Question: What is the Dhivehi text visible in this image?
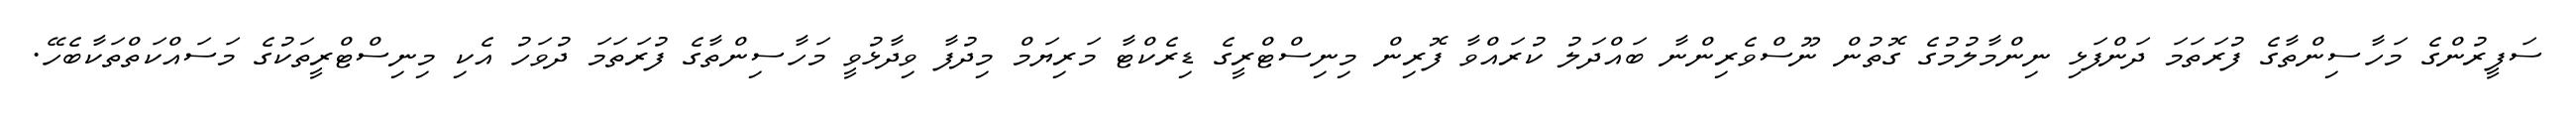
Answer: ސަފީރުންގެ މަހާސިންތާގެ ފުރަތަމަ ދަންފަޅި ނިންމާލުމުގެ ގޮތުން ނޫސްވެރިންނާ ބައްދަލު ކުރައްވާ ފޮރިން މިނިސްޓްރީގެ ޑިރެކްޓާ މަރިޔަމް މިދުފާ ވިދާޅުވީ މަހާސިންތާގެ ފުރަތަމަ ދުވަހު އެކި މިނިސްޓްރީތަކުގެ މަސައްކަތްތަކާބެހޭ.